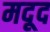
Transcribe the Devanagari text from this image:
मदूद